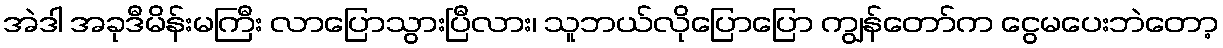
အဲဒါ အခုဒီမိန်းမကြီး လာပြောသွားပြီလား၊ သူဘယ်လိုပြောပြော ကျွန်တော်က ငွေမပေးဘဲတော့